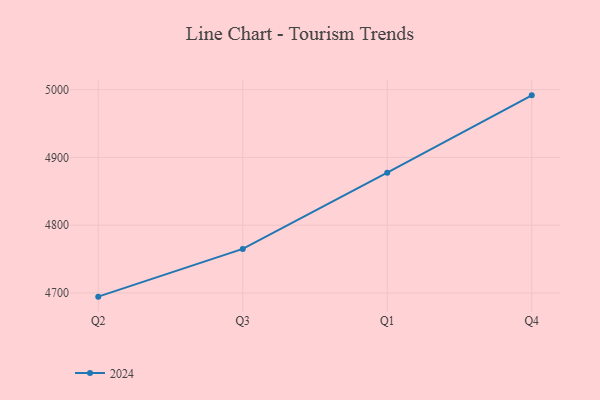
{"axis": {"x": "Quarter", "y": "Conversion Rate (%)"}, "legend": ["2024"], "data": [{"x": "Q2", "y": 4694.6, "type": "2024"}, {"x": "Q3", "y": 4765.0, "type": "2024"}, {"x": "Q1", "y": 4877.5, "type": "2024"}, {"x": "Q4", "y": 4991.6, "type": "2024"}]}